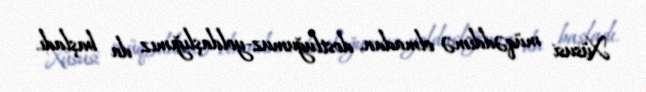
Xüsusi müqəddimə olmadan, dostluğumuz-yoldaşlığımız da başladı.